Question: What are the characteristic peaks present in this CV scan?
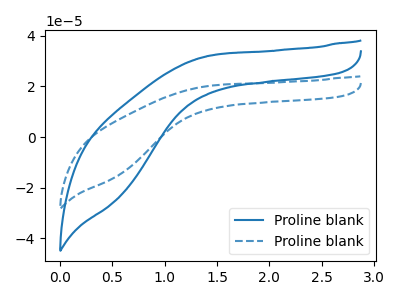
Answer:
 <answer>The blue curve "Proline blank1" has no peaks. The blue dashed curve "Proline blank2" has no peaks.</answer>
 <eval></eval>